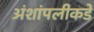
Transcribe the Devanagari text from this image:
अंशांपलीकडे